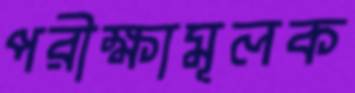
পরীক্ষামূলক